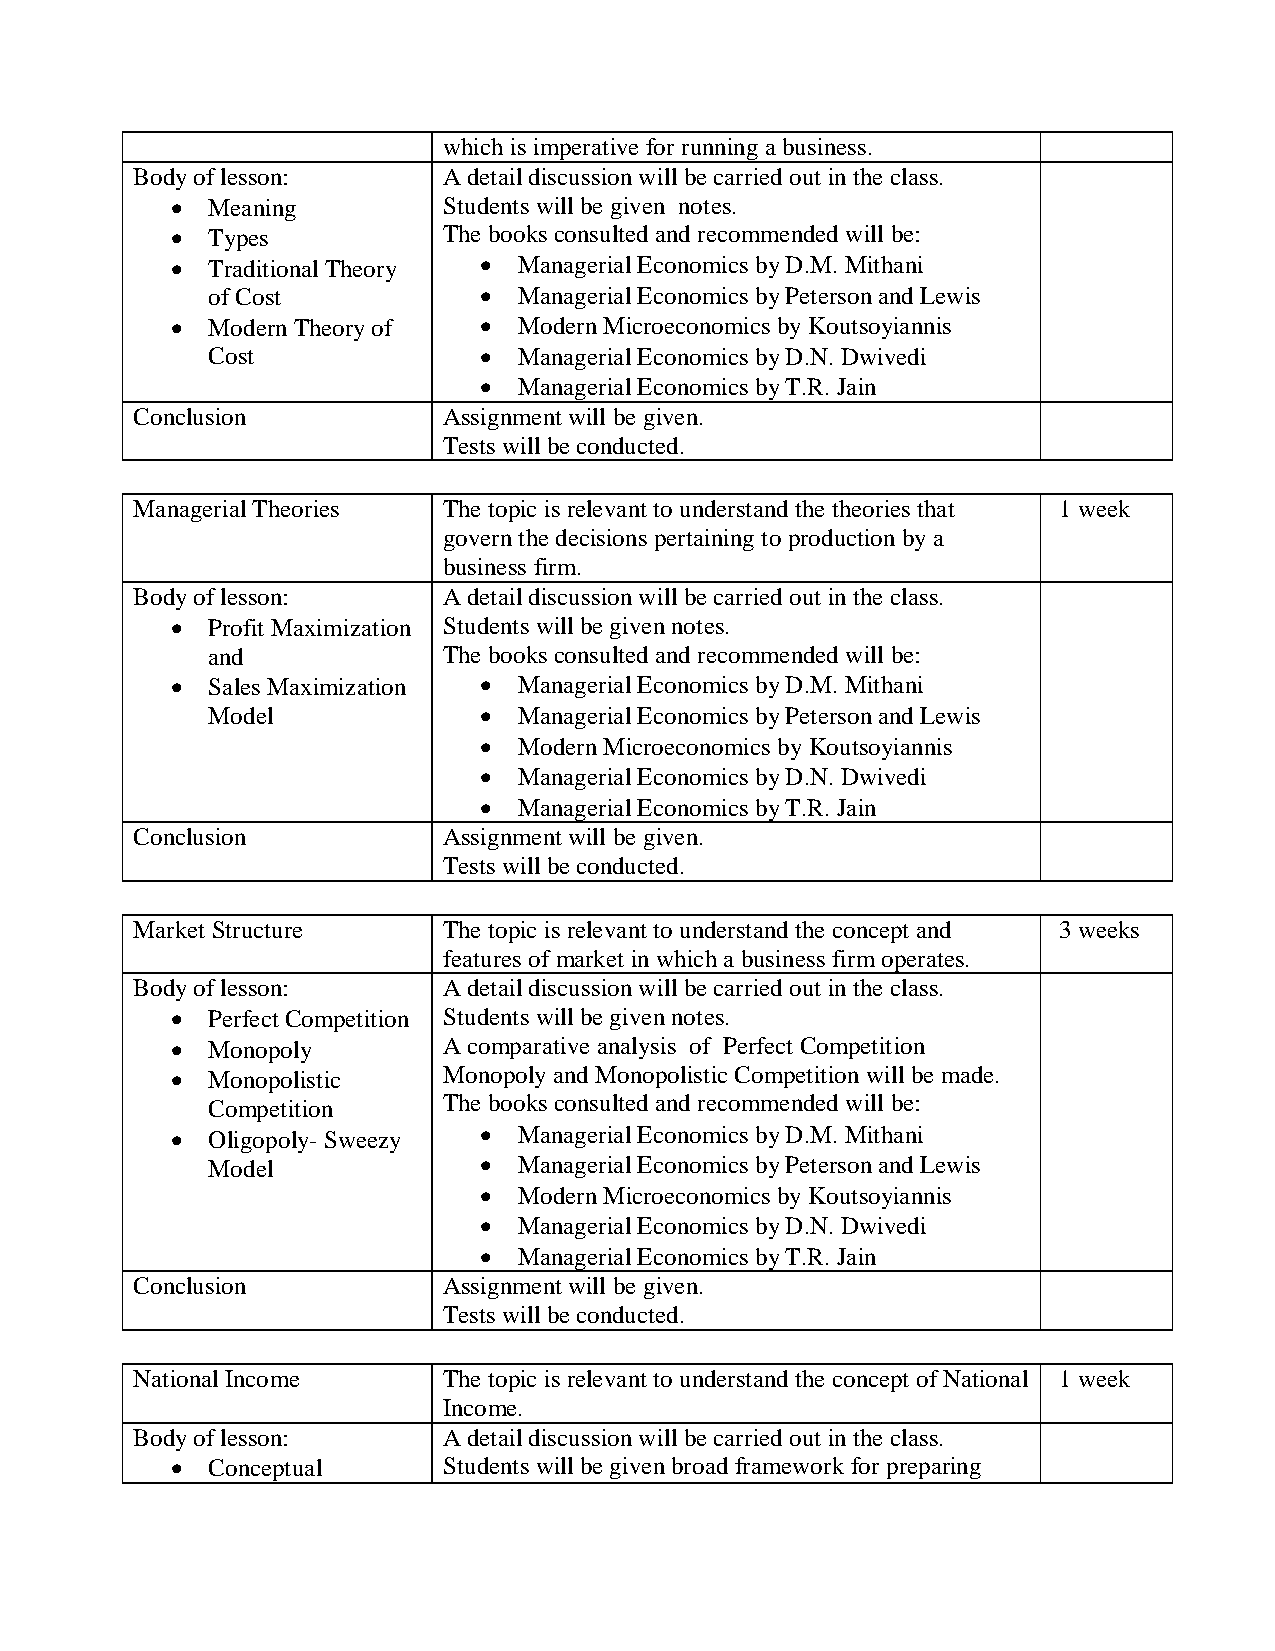
which is imperative for running a business.
 Body of lesson:     A detail discussion will be carried out in the class.
   Meaning        Students will be given notes.
   Types          The books consulted and recommended will be:
   Traditional Theory  Managerial Economics by D.M. Mithani
 of Cost            Managerial Economics by Peterson and Lewis
   Modern Theory of   Modern Microeconomics by Koutsoyiannis
 Cost               Managerial Economics by D.N. Dwivedi
  Managerial Economics by T.R. Jain
 Conclusion          Assignment will be given.
 Tests will be conducted.
 Managerial Theories The topic is relevant to understand the theories that 1 week
 govern the decisions pertaining to production by a
 business firm.
 Body of lesson:     A detail discussion will be carried out in the class.
   Profit Maximization Students will be given notes.
 and            The books consulted and recommended will be:
   Sales Maximization  Managerial Economics by D.M. Mithani
 Model              Managerial Economics by Peterson and Lewis
  Modern Microeconomics by Koutsoyiannis
  Managerial Economics by D.N. Dwivedi
  Managerial Economics by T.R. Jain
 Conclusion          Assignment will be given.
 Tests will be conducted.
 Market Structure    The topic is relevant to understand the concept and 3 weeks
 features of market in which a business firm operates.
 Body of lesson:     A detail discussion will be carried out in the class.
   Perfect Competition Students will be given notes.
   Monopoly       A comparative analysis of Perfect Competition
   Monopolistic   Monopoly and Monopolistic Competition will be made.
 Competition    The books consulted and recommended will be:
   Oligopoly- Sweezy  Managerial Economics by D.M. Mithani
 Model              Managerial Economics by Peterson and Lewis
  Modern Microeconomics by Koutsoyiannis
  Managerial Economics by D.N. Dwivedi
  Managerial Economics by T.R. Jain
 Conclusion          Assignment will be given.
 Tests will be conducted.
 National Income     The topic is relevant to understand the concept of National 1 week
 Income.
 Body of lesson:     A detail discussion will be carried out in the class.
   Conceptual     Students will be given broad framework for preparing